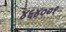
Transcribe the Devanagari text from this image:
४६४००१